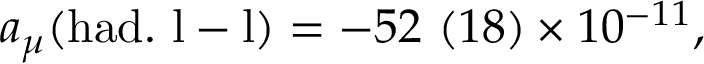
\displaystyle { a _ { \mu } ( \mathrm { h a d . ~ l - l } ) } = \displaystyle { - 5 2 \ ( 1 8 ) \times 1 0 ^ { - 1 1 } } ,